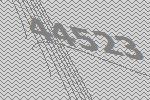
44523